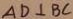
A D \bot B C